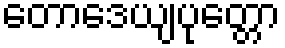
တောဒေယျပုတ္တော